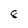
Character: 8